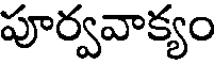
పూర్వవాక్యం